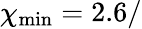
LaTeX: \chi_{\mathrm{min}}=2.6/